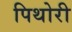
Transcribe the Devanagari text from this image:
पिथोरी